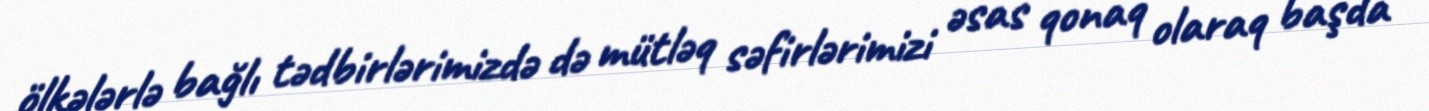
ölkələrlə bağlı tədbirlərimizdə də mütləq səfirlərimizi əsas qonaq olaraq başda